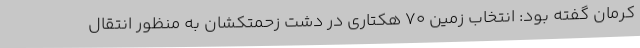
کرمان گفته بود: انتخاب زمین 70 هکتاری در دشت زحمتکشان به منظور انتقال